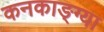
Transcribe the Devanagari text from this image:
कनकाङ्ग्या